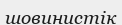
шовинистік